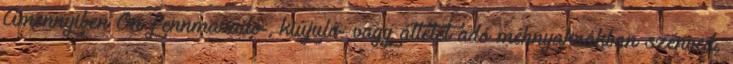
Amennyiben Ön fennmaradó-, kiújuló- vagy áttétet adó méhnyakrákban szenved,